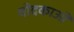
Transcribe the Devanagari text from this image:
वोदकाओं